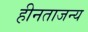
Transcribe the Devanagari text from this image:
हीनताजन्य